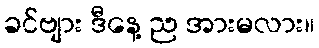
ခင်ဗျား ဒီနေ့ ည အားမလား။